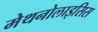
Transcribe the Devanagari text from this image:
मेथनोलाइसिस